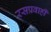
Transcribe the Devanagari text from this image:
रसप्रवाही